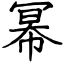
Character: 幂